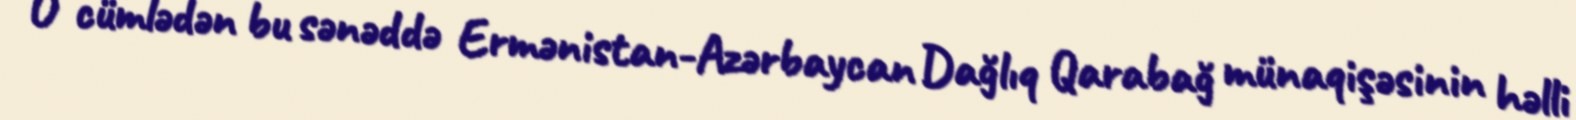
O cümlədən bu sənəddə Ermənistan-Azərbaycan Dağlıq Qarabağ münaqişəsinin həlli